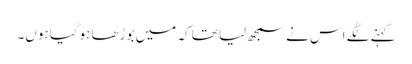
کہنے لگے اس نے سمجھ لیا تھا کہ میں بوڑھا ہوگیا ہوں۔